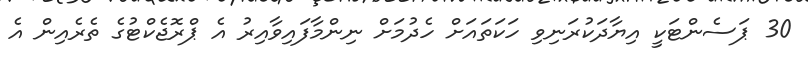
30 ޕަސެންޓަކީ އިޔާދަކުރަނިވި ހަކަތައަށް ހެދުމަށް ނިންމާފައިވާއިރު އެ ޕްރޮޖެކްޓުގެ ތެރެއިން އެ